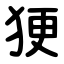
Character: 㹴